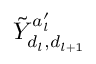
\tilde { Y } _ { d _ { l } , d _ { l + 1 } } ^ { a _ { l } ^ { \prime } }